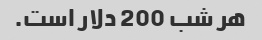
هر شب 200 دلار است.